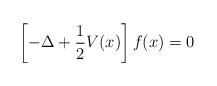
LaTeX: \begin{align*} \left[ - \Delta + \frac{1}{2} V (x) \right] f (x) = 0 \end{align*}